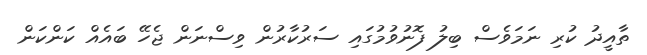
ތާއީދު ކުރި ނަމަވެސް ބިލު ފޮނުވުމުގައި ސަރުކާރުން ވިސްނަން ޖެހޭ ބައެއް ކަންކަން